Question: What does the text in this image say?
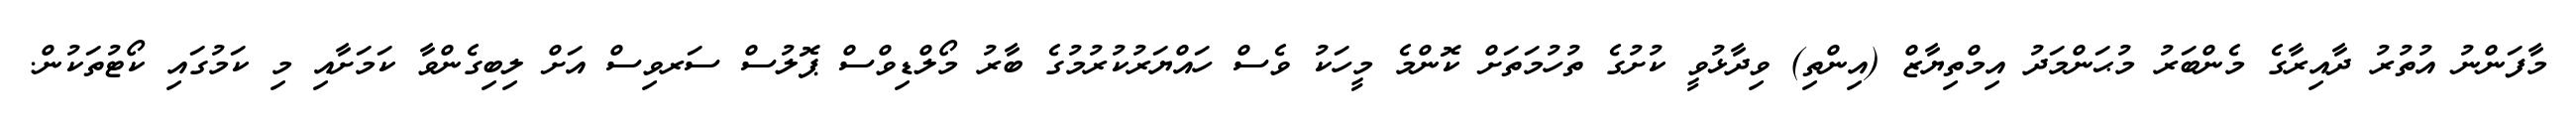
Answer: މާފަންނު އުތުރު ދާއިރާގެ މެންބަރު މުޙަންމަދު އިމްތިޔާޒް (އިންތި) ވިދާޅުވީ ކުށުގެ ތުހުމަތަށް ކޮންމެ މީހަކު ވެސް ހައްޔަރުކުރުމުގެ ބާރު މޯލްޑިވްސް ޕޮލުސް ސަރވިސް އަށް ލިބިގެންވާ ކަމަށާއި މި ކަމުގައި ކޯޓުތަކުން.